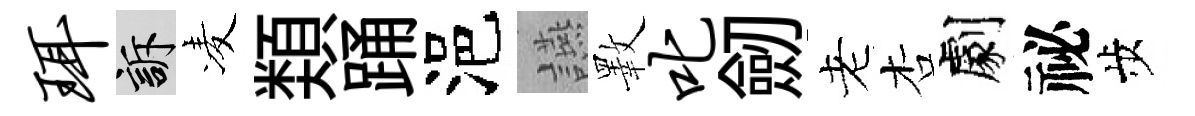
珥訴凌𩔖踊浥讌斁叱劒老杏劇祕歩